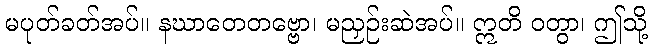
မပုတ်ခတ်အပ်။ နဃာတေတဗ္ဗော၊ မညှဉ်းဆဲအပ်။ ဣတိ ဝတွာ၊ ဤသို့